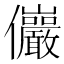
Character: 𫤖